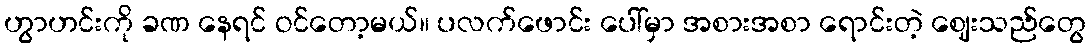
ဟွာဟင်းကို ခဏ နေရင် ဝင်တော့မယ်။ ပလက်ဖောင်း ပေါ်မှာ အစားအစာ ရောင်းတဲ့ ဈေးသည်တွေ